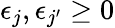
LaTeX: \epsilon_{j},\epsilon_{j^{\prime}}\ge 0